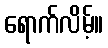
ရောက်လိမ့်။